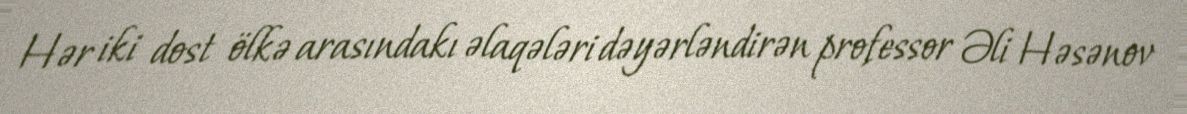
Hər iki dost ölkə arasındakı əlaqələri dəyərləndirən professor Əli Həsənov